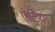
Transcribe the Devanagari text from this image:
ऐट्रिया